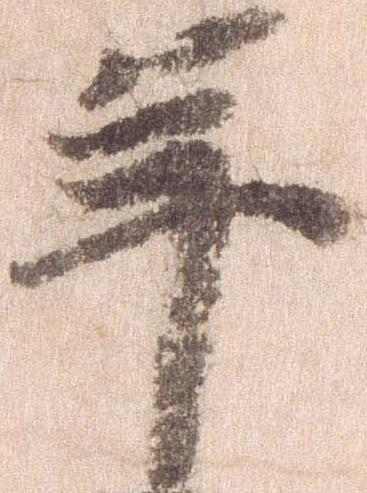
年